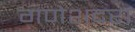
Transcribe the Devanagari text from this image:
गणेशदरा